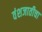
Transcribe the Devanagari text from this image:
वंशजातीचा